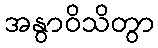
အနွာဝိသိတွာ